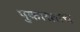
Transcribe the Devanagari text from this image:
पुकारताच